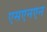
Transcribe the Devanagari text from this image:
एसएनएन